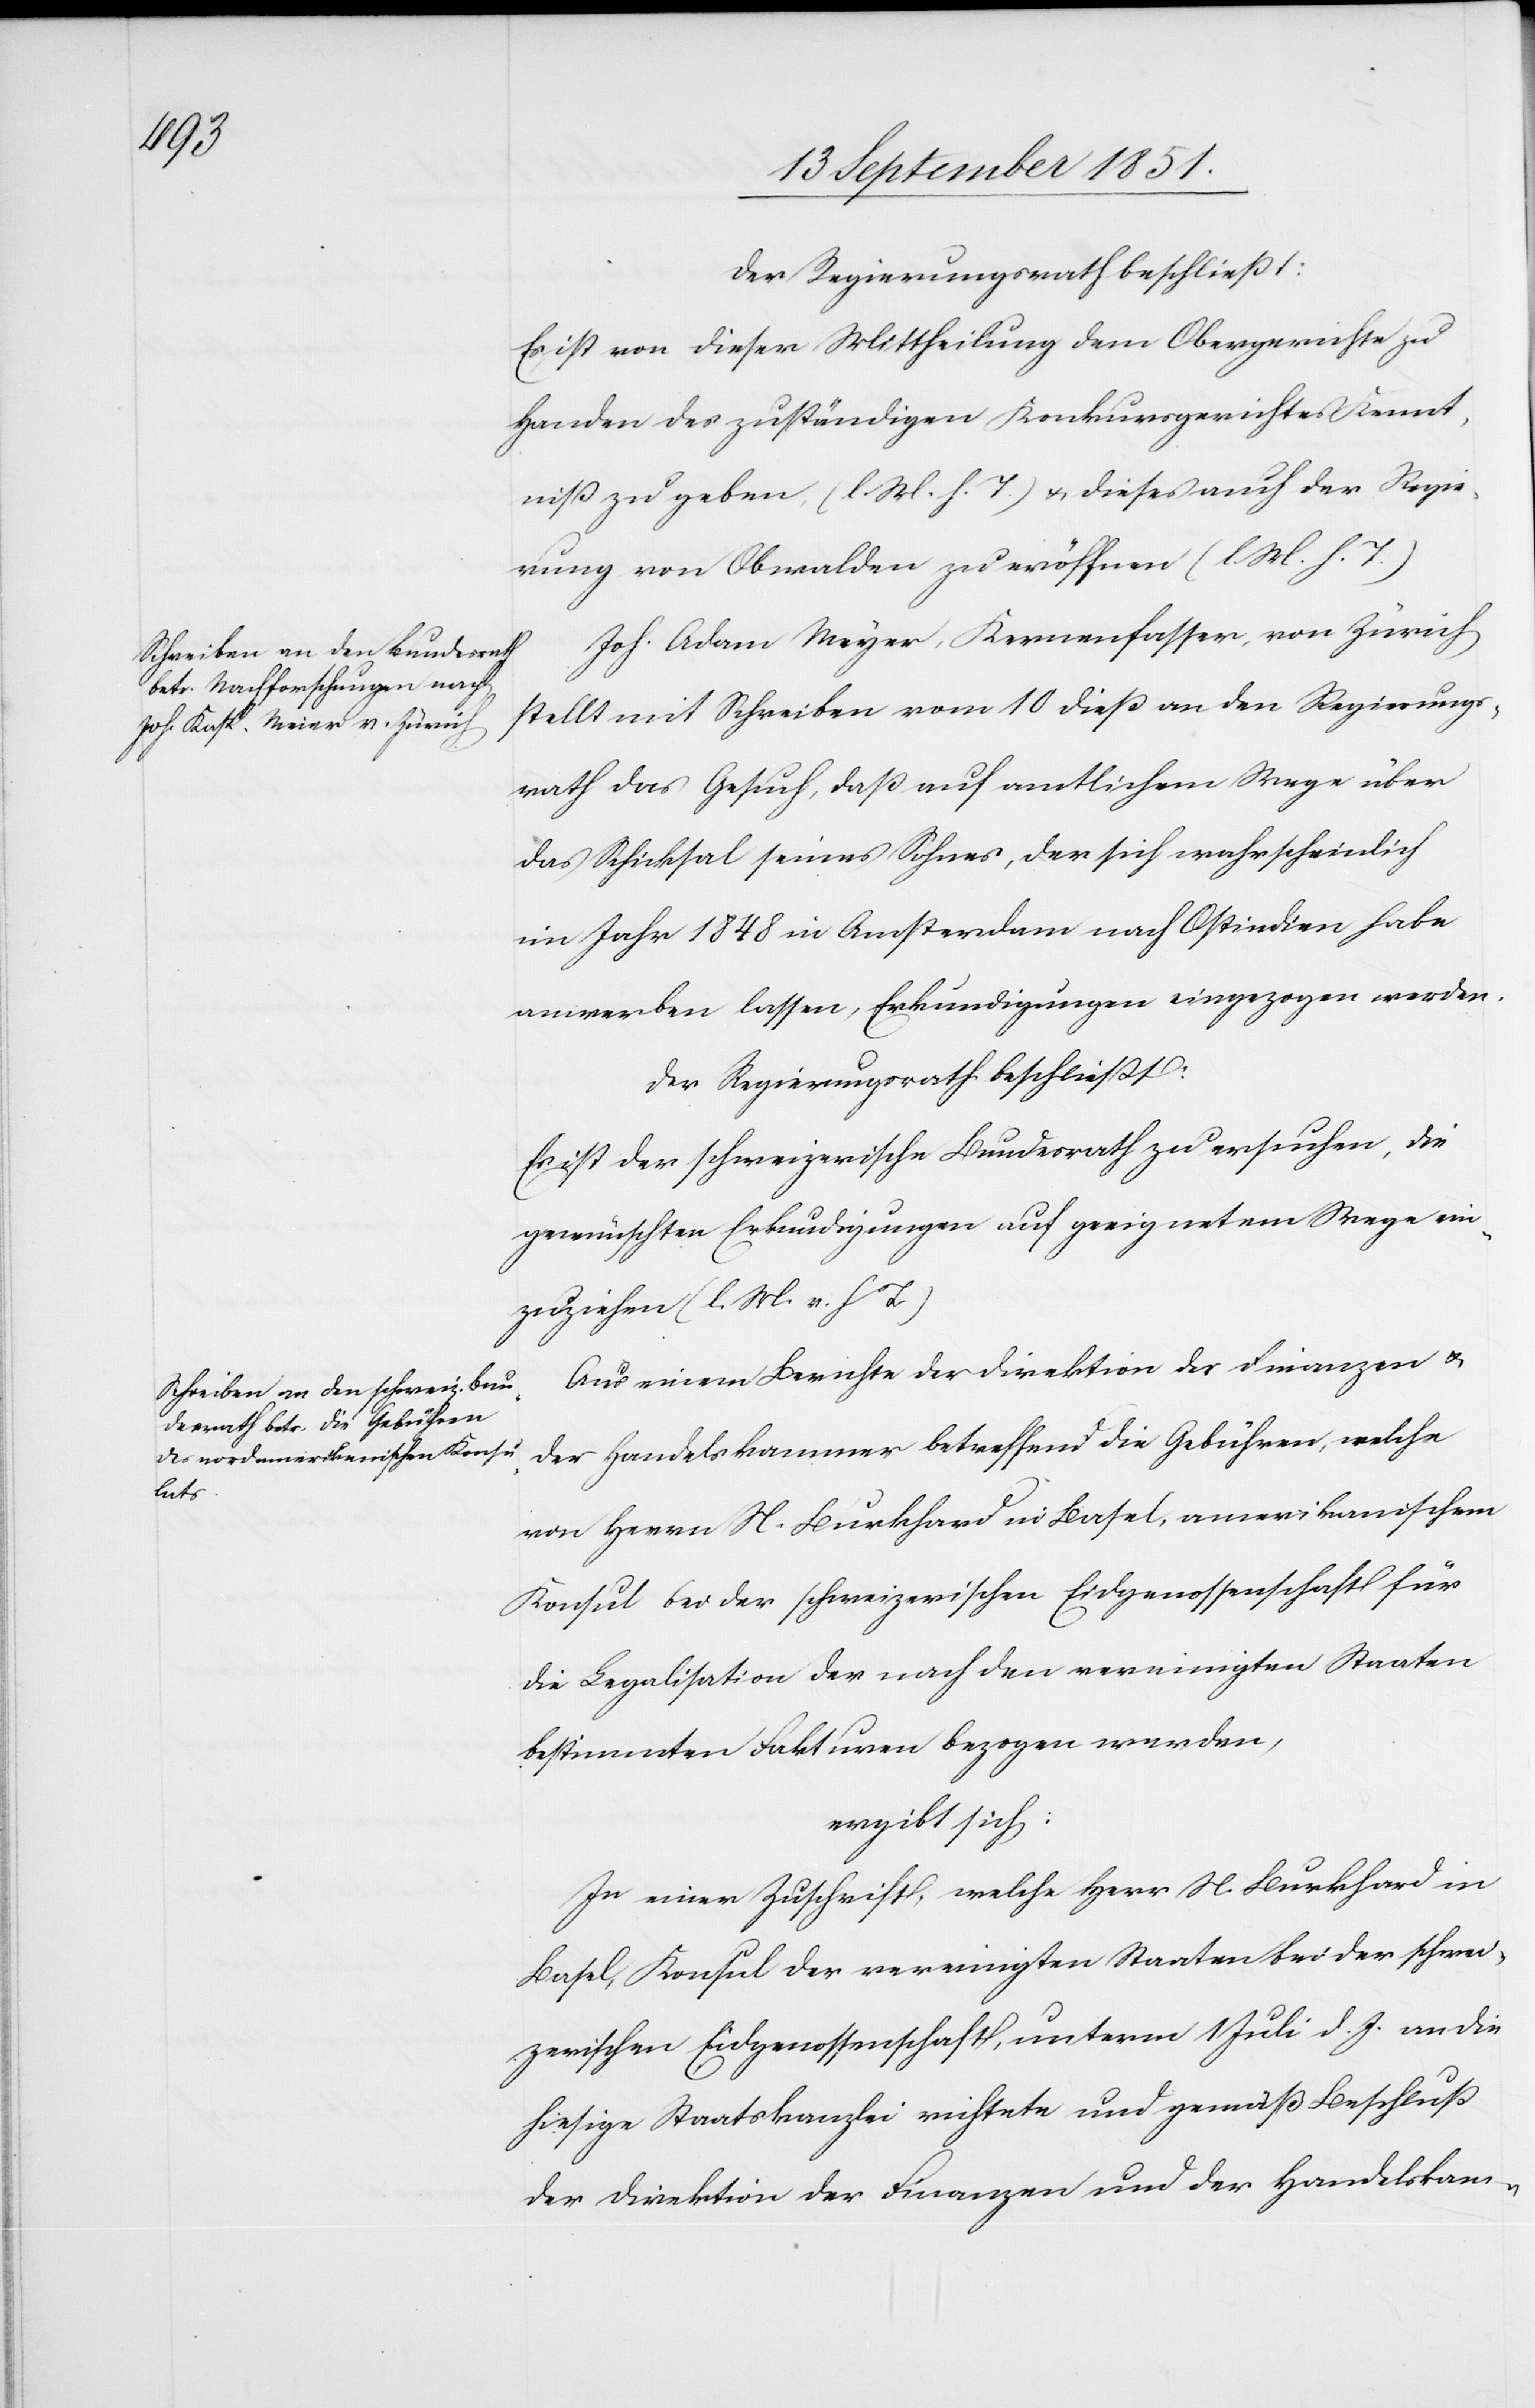
Der Regierungsrath beschließt:
Es ist von dieser Mittheilung dem Obergerichte zu
Handen des zuständigen Konkursgerichtes Kennt¬
niß zu geben, (l. M. h. T.) & dieses auch der Regie¬
rung von Obwalden zu eröffnen (l. M. h. T.)
Joh. Adam Meyer, Kernenfasser, von Zürich
stellt mit Schreiben vom 10 dieß an den Regierungs¬
rath das Gesuch, daß auf amtlichem Wege über
das Schicksal seines Sohnes, der sich wahrscheinlich
im Jahr 1848 in Amsterdam nach Ostindien habe
anwerben lassen, Erkundigungen eingezogen werden.
Der Regierungsrath beschließt:
Es ist der schweizerische Bundesrath zu ersuchen, die
gewünschten Erkundigungen auf geeignetem Wege ein¬
zuziehen (l. M. v. h. T.)
Aus einem Berichte der Direktion der Finanzen &
der Handelskammer betreffend die Gebühren, welche
von Herrn N. Burkhard in Basel, amerikanischem
Konsul bei der schweizerischen Eidgenossenschaft für
die Legalisation der nach den vereinigten Staaten
bestimmten Fakturen bezogen werden,
ergibt sich:
In einer Zuschrift, welche Herr N. Burkhard in
Basel, Konsul der vereinigten Staaten bei der schwei¬
zerischen Eidgenossenschaft, unterm 1 Juli d. J. an die
hiesige Staatskanzlei richtete und gemäß Beschluß
der Direktion der Finanzen und der Handelskam-